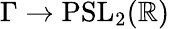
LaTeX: \Gamma\to\mathrm{PSL}_{2}(\mathbb{R})